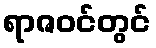
ရာဇဝင်တွင်